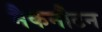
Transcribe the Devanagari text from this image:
मैकनौटन